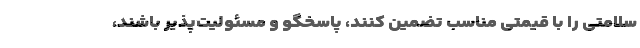
سلامتی را با قیمتی مناسب تضمین کنند، پاسخگو و مسئولیت‌پذیر باشند،